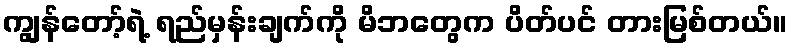
ကျွန်တော့်ရဲ့ ရည်မှန်းချက်ကို မိဘတွေက ပိတ်ပင် တားမြစ်တယ်။